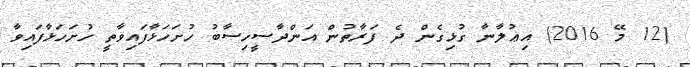
(12 މޭ 2016) އިޢުލާނާ ގުޅިގެން ދެ ފަރާތުން އަންދާސީހިސާބު ހުށަހަޅާފައިވާތީ ހުށަހަޅާފައިވާ